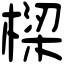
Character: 樑